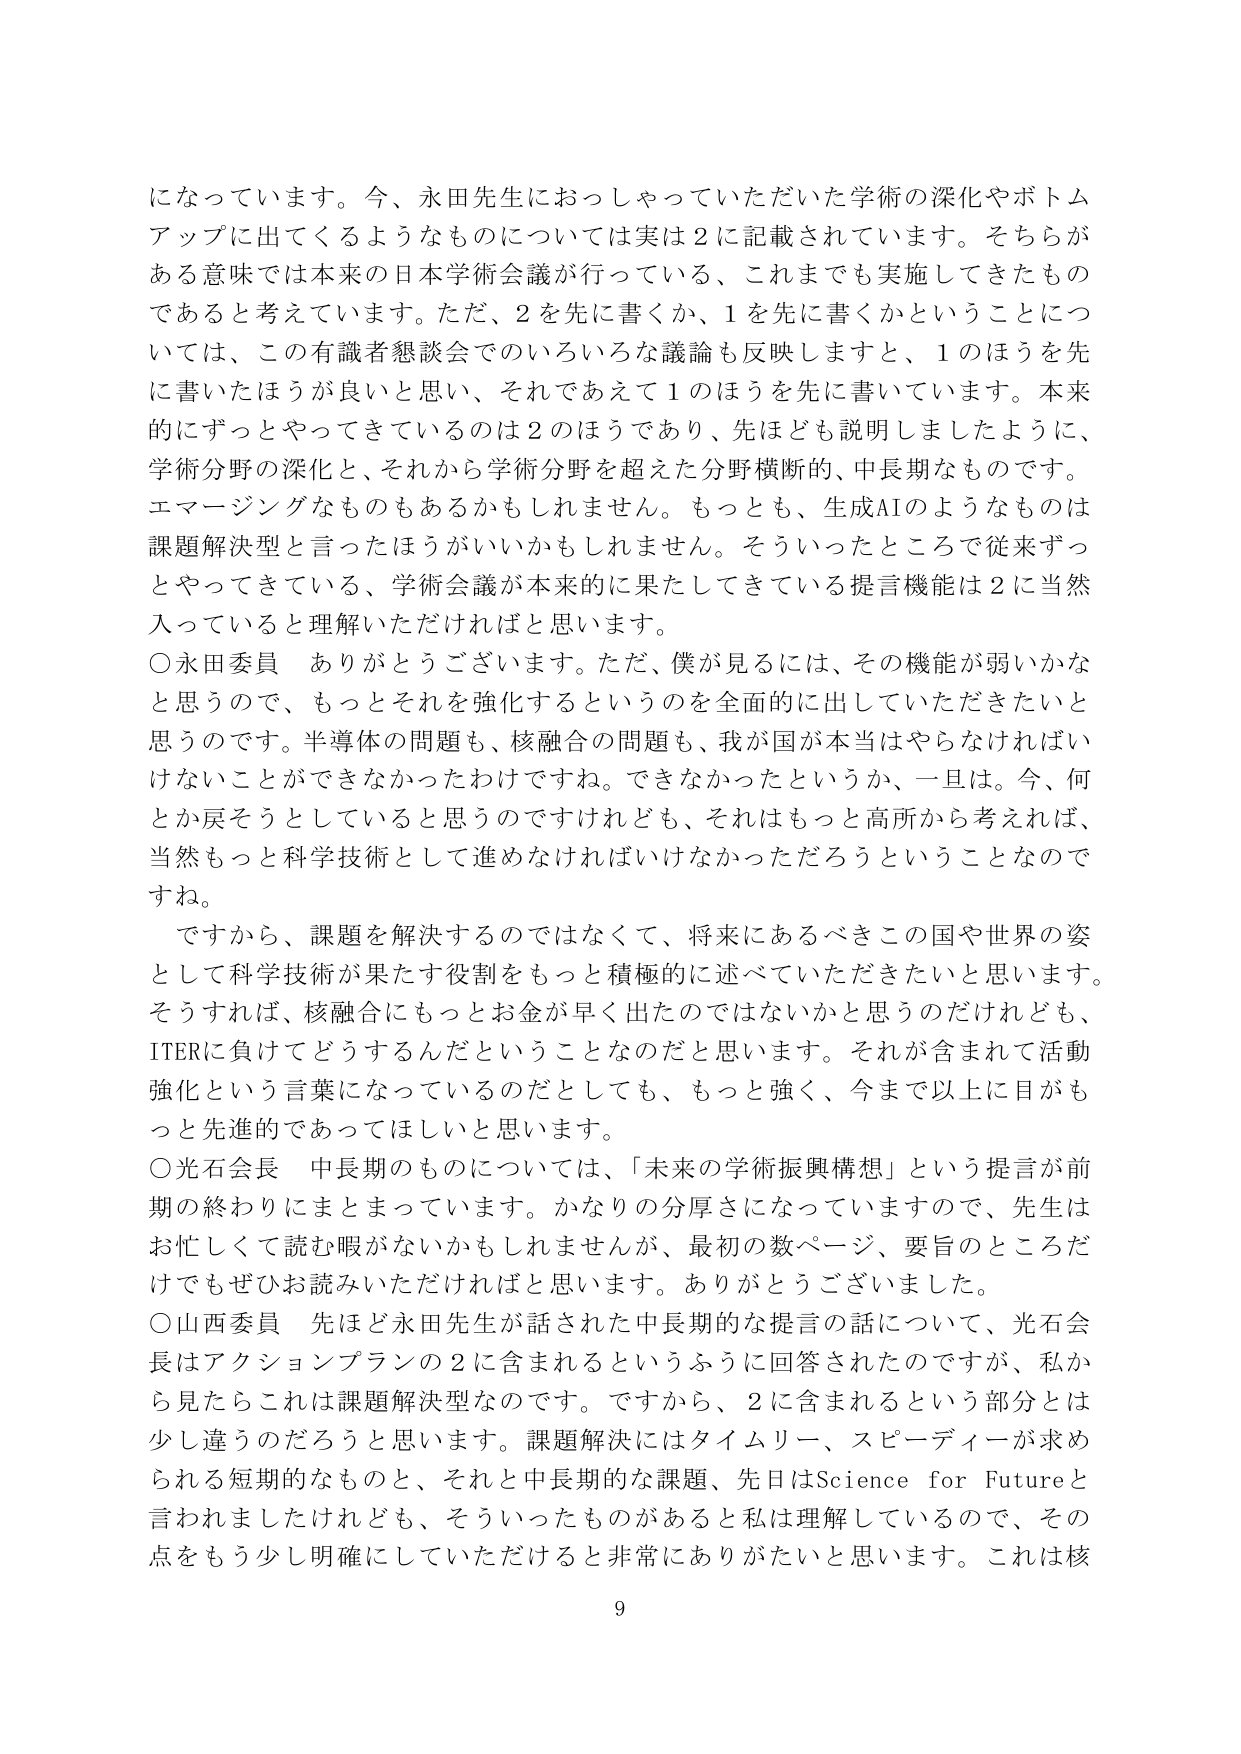
になっていきます。今、永田先生におっしゃっていただいた学術の深化やボトムアップに出てくるようなものについては実は2に記載されています。そちらがある意味では本来の日本学術会議が行っている、これまでも実施してきたものであると考えています。ただ、2を先に書くか、1を先に書くかということについては、この有識者懇談会でのいろいろな議論も反映しますと、1のほうを先に書いたほうが良いと思い、それであえて1のほうを先に書いています。本来的にずっとやってきているのは2のほうであり、先ほども説明しましたように、学術分野の深化と、それから学術分野を超えた分野横断的、中長期なものですね。エマージングなものもあるかもしれません。もっとも、生成AIのようなものは課題解決型と言ったほうがいいかもしれません。そういったところで従来ずっとやってきている、学術会議が本来的に果たしてきている提言機能は2に当然入っていると理解いただければと思います。

○永田委員　ありがとうございます。ただ、僕が見るには、その機能が弱いかなと思うので、もっとそれを強化するというのを全面的に出していただきたいと思うのです。半導体の問題も、核融合の問題も、我が国が本当はやらなければいけないことができなかったわけですね。できなかったというか、一旦は。今、何とか戻そうとしていると思うのですけれども、それはもっと高所から考えれば、当然もっと科学技術として進めなければいけなかっただろうということなのですね。

ですから、課題を解決するのではなくて、将来にあるべきこの国や世界の姿として科学技術が果たす役割をもっと積極的に述べていただきたいと思います。そうすれば、核融合にもっとお金が早く出たのではないかと思うのだけれども、ITERに負けてどうするんだということなのだと思います。それが含まれて活動強化という言葉になっているのだとしても、もっと強く、今まで以上に目がもっと先進的であってほしいと思います。

○光石会長　中長期のものについては、「未来の学術振興構想」という提言が前期の終わりにまとまっています。かなりの分厚さになっていますので、先生はお忙しくて読む暇がないかもしれませんが、最初の数ページ、要旨のところだけでもぜひお読みいただければと思います。ありがとうございました。

○山西委員　先ほど永田先生が話された中長期的な提言の話について、光石会長はアクションプランの2に含まれるというふうに回答されたのですが、私から見たらこれは課題解決型なのです。ですから、2に含まれるという部分とは少し違うのだろうと思います。課題解決にはタイムリー、スピーディーが求められる短期的なものと、それと中長期的な課題、先日はScience for Futureと言われましたけれども、そういったものがあると私は理解しているので、その点をもう少し明確にしていただけると非常にありがたいと思います。これは核

9